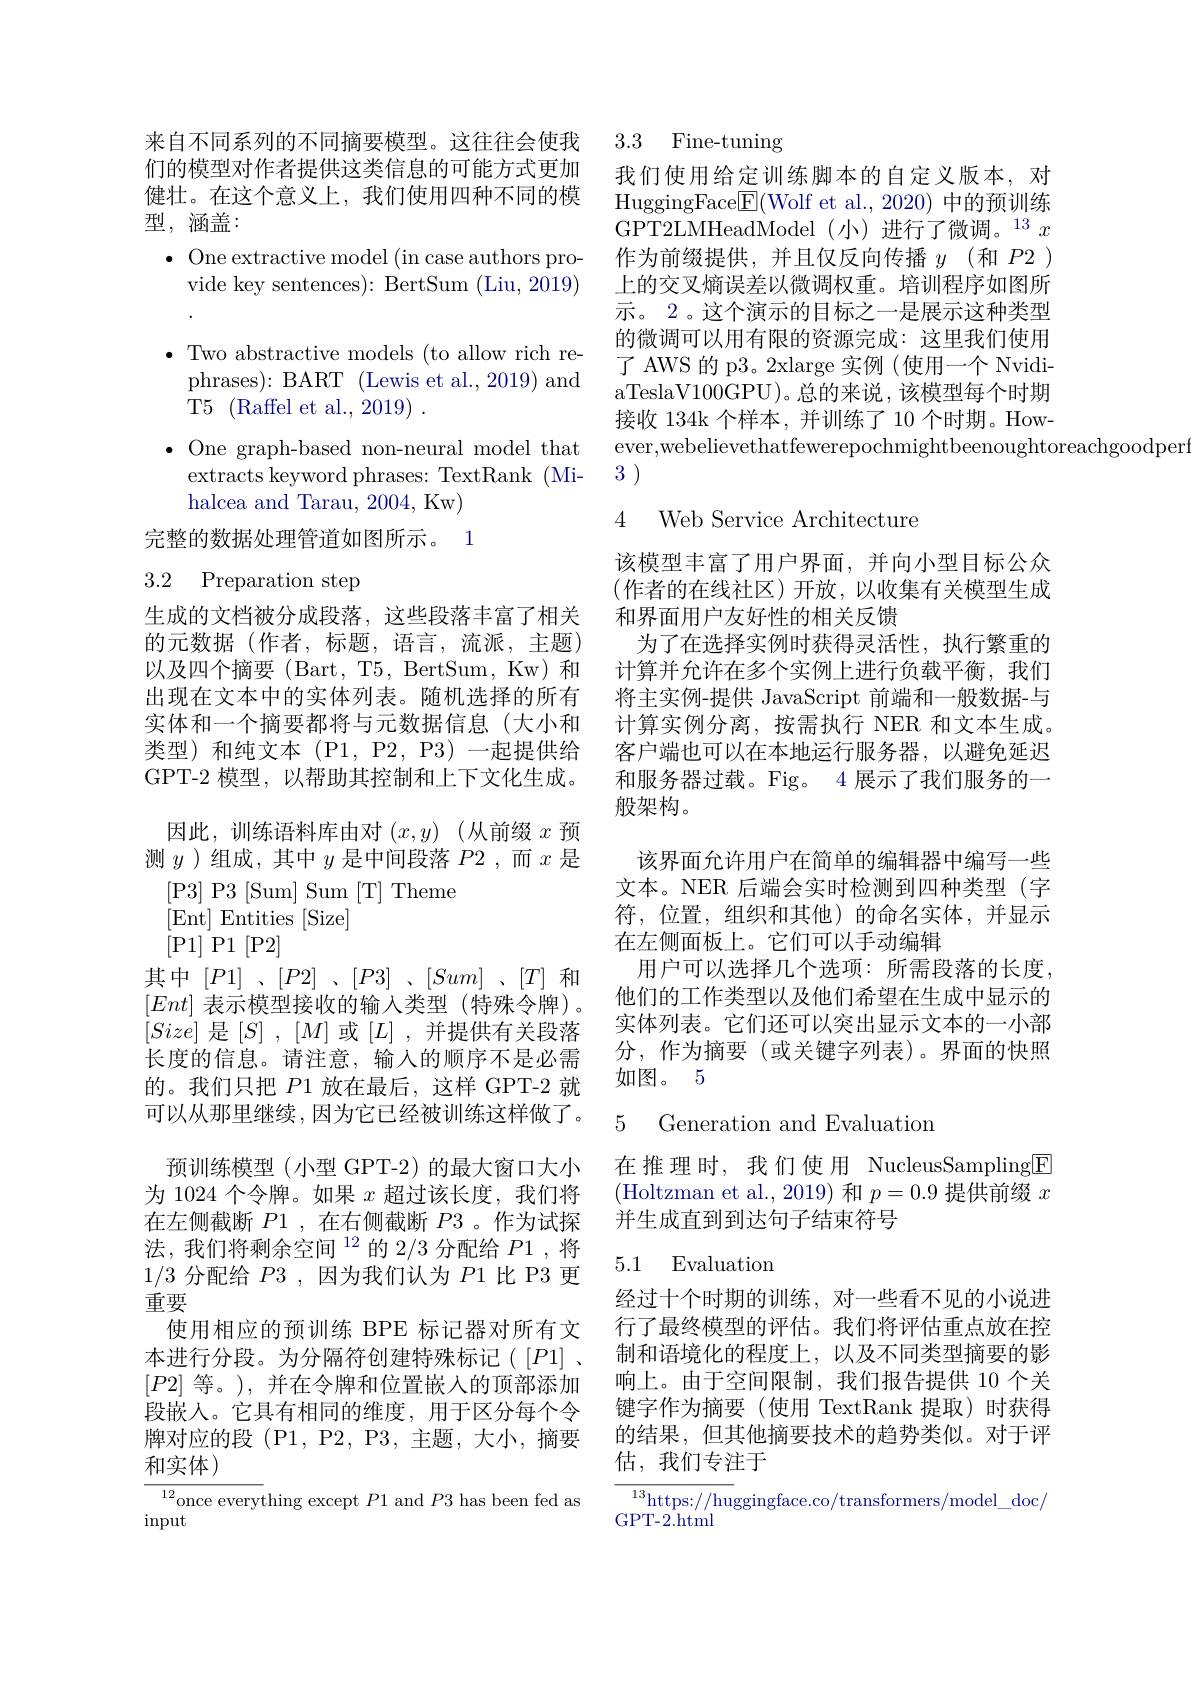
来自不同系列的不同摘要模型。这往往会使我们的模型对作者提供这类信息的可能方式更加健壮。在这个意义上，我们使用四种不同的模型，涵盖：
$\bullet$ One extractive model (in case authors pro-
vide key sentences): BertSum (Liu, 2019) $\bullet$ Two abstractive models (to allow rich re-
phrases): BART (Lewis et al., 2019) and
T5 (Raffel et al., 2019) .
$\bullet$ One graph-based non-neural model that
extracts keyword phrases: TextRank (Mi-
halcea and Tarau, 2004, Kw) 完整的数据处理管道如图所示。1

# 3.2 Preparation step

生成的文档被分成段落，这些段落丰富了相关的元数据(作者，标题，语言，流派，主题) 以及四个摘要 (Bart, T5, BertSum, Kw) 和出现在文本中的实体列表。随机选择的所有实体和一个摘要都将与元数据信息(大小和类型)和纯文本(P1,P2,P3)一起提供给GPT-2 模型，以帮助其控制和上下文化生成。
因此，训练语料库由对$(x,y)$ (从前缀$x$预测$y$ )组成，其中$y$是中间段落$P2$,而$x$是
[P3]P3[Sum]Sum[T]Theme
[Ent] Entities [Size]
[P1]P1[P2]
其中$[P1]$、$[P2]$、$[P3]$、$[Sum]$、$[T]$ 和$[Ent]$表示模型接收的输入类型(特殊令牌)。$[Size]$是$[S]$ ,$[M]$或$[L]$ ,并提供有关段落长度的信息。请注意，输入的顺序不是必需的。我们只把$P1$放在最后，这样 GPT-2 就可以从那里继续，因为它已经被训练这样做了。
预训练模型(小型 GPT-2) 的最大窗口大小为 1024 个令牌。如果$x$超过该长度，我们将在左侧截断$P1$ ,在右侧截断$P3$ 。作为试探法，我们将剩余空间$^12$的 2/3 分配给$P1$,将1/3分配给$P3$,因为我们认为$P1$比 P3 更重要
使用相应的预训练 BPE 标记器对所有文本进行分段。为分隔符创建特殊标记([P1]、 $[P2]$等。), 并在令牌和位置嵌入的顶部添加段嵌入。它具有相同的维度，用于区分每个令牌对应的段 (P1, P2, P3, 主题，大小，摘要和实体)
${\frac{12}{\text{once every}}}$thing except $P1$ and $P3$ has been fed as
$\operatorname{input}$

# 3.3 Fine-tuning

我们使用给定训练脚本的自定义版本，对HuggingFace$\boxed{\mathrm{F} }($Wolf et al.,2020)中的预训练GPT2LMHeadModel(小)进行了微调。$^{13}x$ 作为前缀提供，并且仅反向传播$y$(和$P2)$ 上的交叉熵误差以微调权重。培训程序如图所示。2 。这个演示的目标之一是展示这种类型的微调可以用有限的资源完成：这里我们使用了 AWS 的 p3。2xlarge 实例 (使用一个 NvidiaTeslaV100GPU)。总的来说，该模型每个时期接收 134k 个样本，并训练了 10 个时期。However,webelievethatfewerepochmightbeenoughtoreachgoodper
3 )

4 Web Service Architecture

该模型丰富了用户界面，并向小型目标公众(作者的在线社区)开放，以收集有关模型生成和界面用户友好性的相关反馈
为了在选择实例时获得灵活性，执行繁重的计算并允许在多个实例上进行负载平衡，我们将主实例-提供 JavaScript 前端和一般数据-与计算实例分离，按需执行 NER 和文本生成。客户端也可以在本地运行服务器，以避免延迟和服务器过载。Fig。4 展示了我们服务的一般架构。
该界面允许用户在简单的编辑器中编写一些文本。NER 后端会实时检测到四种类型(字符，位置，组织和其他)的命名实体，并显示在左侧面板上。它们可以手动编辑
用户可以选择几个选项：所需段落的长度， 他们的工作类型以及他们希望在生成中显示的实体列表。它们还可以突出显示文本的一小部分，作为摘要(或关键字列表)。界面的快照如图。5

5 Generation and Evaluation

在推理时，我们使用 NucleusSampling$\boxed{\mathrm{F}}$ (Holtzman et al.,2019)和$p=0.9$提供前缀$x$ 并生成直到到达句子结束符号

### 5.1 Evaluation

经过十个时期的训练，对一些看不见的小说进行了最终模型的评估。我们将评估重点放在控制和语境化的程度上，以及不同类型摘要的影响上。由于空间限制，我们报告提供 10 个关键字作为摘要(使用 TextRank 提取)时获得的结果，但其他摘要技术的趋势类似。对于评估，我们专注于

$\begin{array}{c}{{^{13}\mathrm{https://huggingface.co/transformers/model\_doc/}}}\\{{\mathrm{GPT-2.html}}}\end{array}$